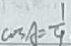
\cos A = \frac { 1 } { 4 }